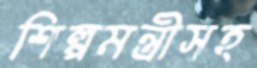
শিল্পমন্ত্রীসহ